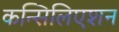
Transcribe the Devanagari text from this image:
कन्सिलिएशन